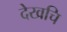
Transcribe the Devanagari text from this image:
देखचि